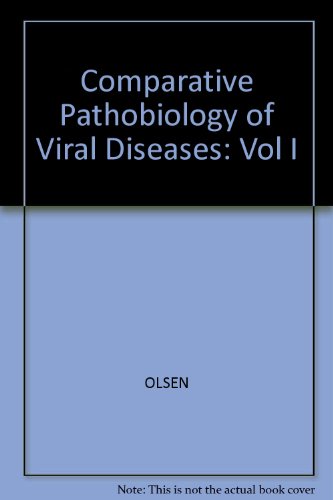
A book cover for Compar Pathobiology of Viral Diseases Vol 1; Medical Books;